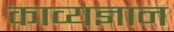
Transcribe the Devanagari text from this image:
काव्यज्ञान